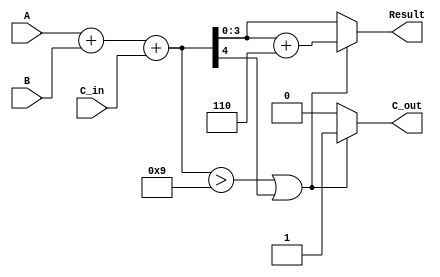
module BCD_Parallel_Adder (
    input [3:0] A,         // First BCD digit
    input [3:0] B,         // Second BCD digit
    input C_in,            // Carry input
    output reg [3:0] Result, // BCD result
    output reg C_out       // Carry output
);

    wire [4:0] sum;       // 5-bit sum to accommodate carry
    wire correction_needed; // Flag for correction

    // Binary addition of A, B, and C_in
    assign sum = A + B + C_in;

    // Determine if correction is needed
    assign correction_needed = (sum > 9) || (sum[4]); // Check if sum > 9 or carry out

    always @(*) begin
        if (correction_needed) begin
            // If correction is needed, add 6 (0110 in binary)
            Result = sum[3:0] + 4'b0110;
            C_out = 1; // Set carry out
        end else begin
            Result = sum[3:0]; // No correction needed
            C_out = 0; // No carry out
        end
    end

endmodule